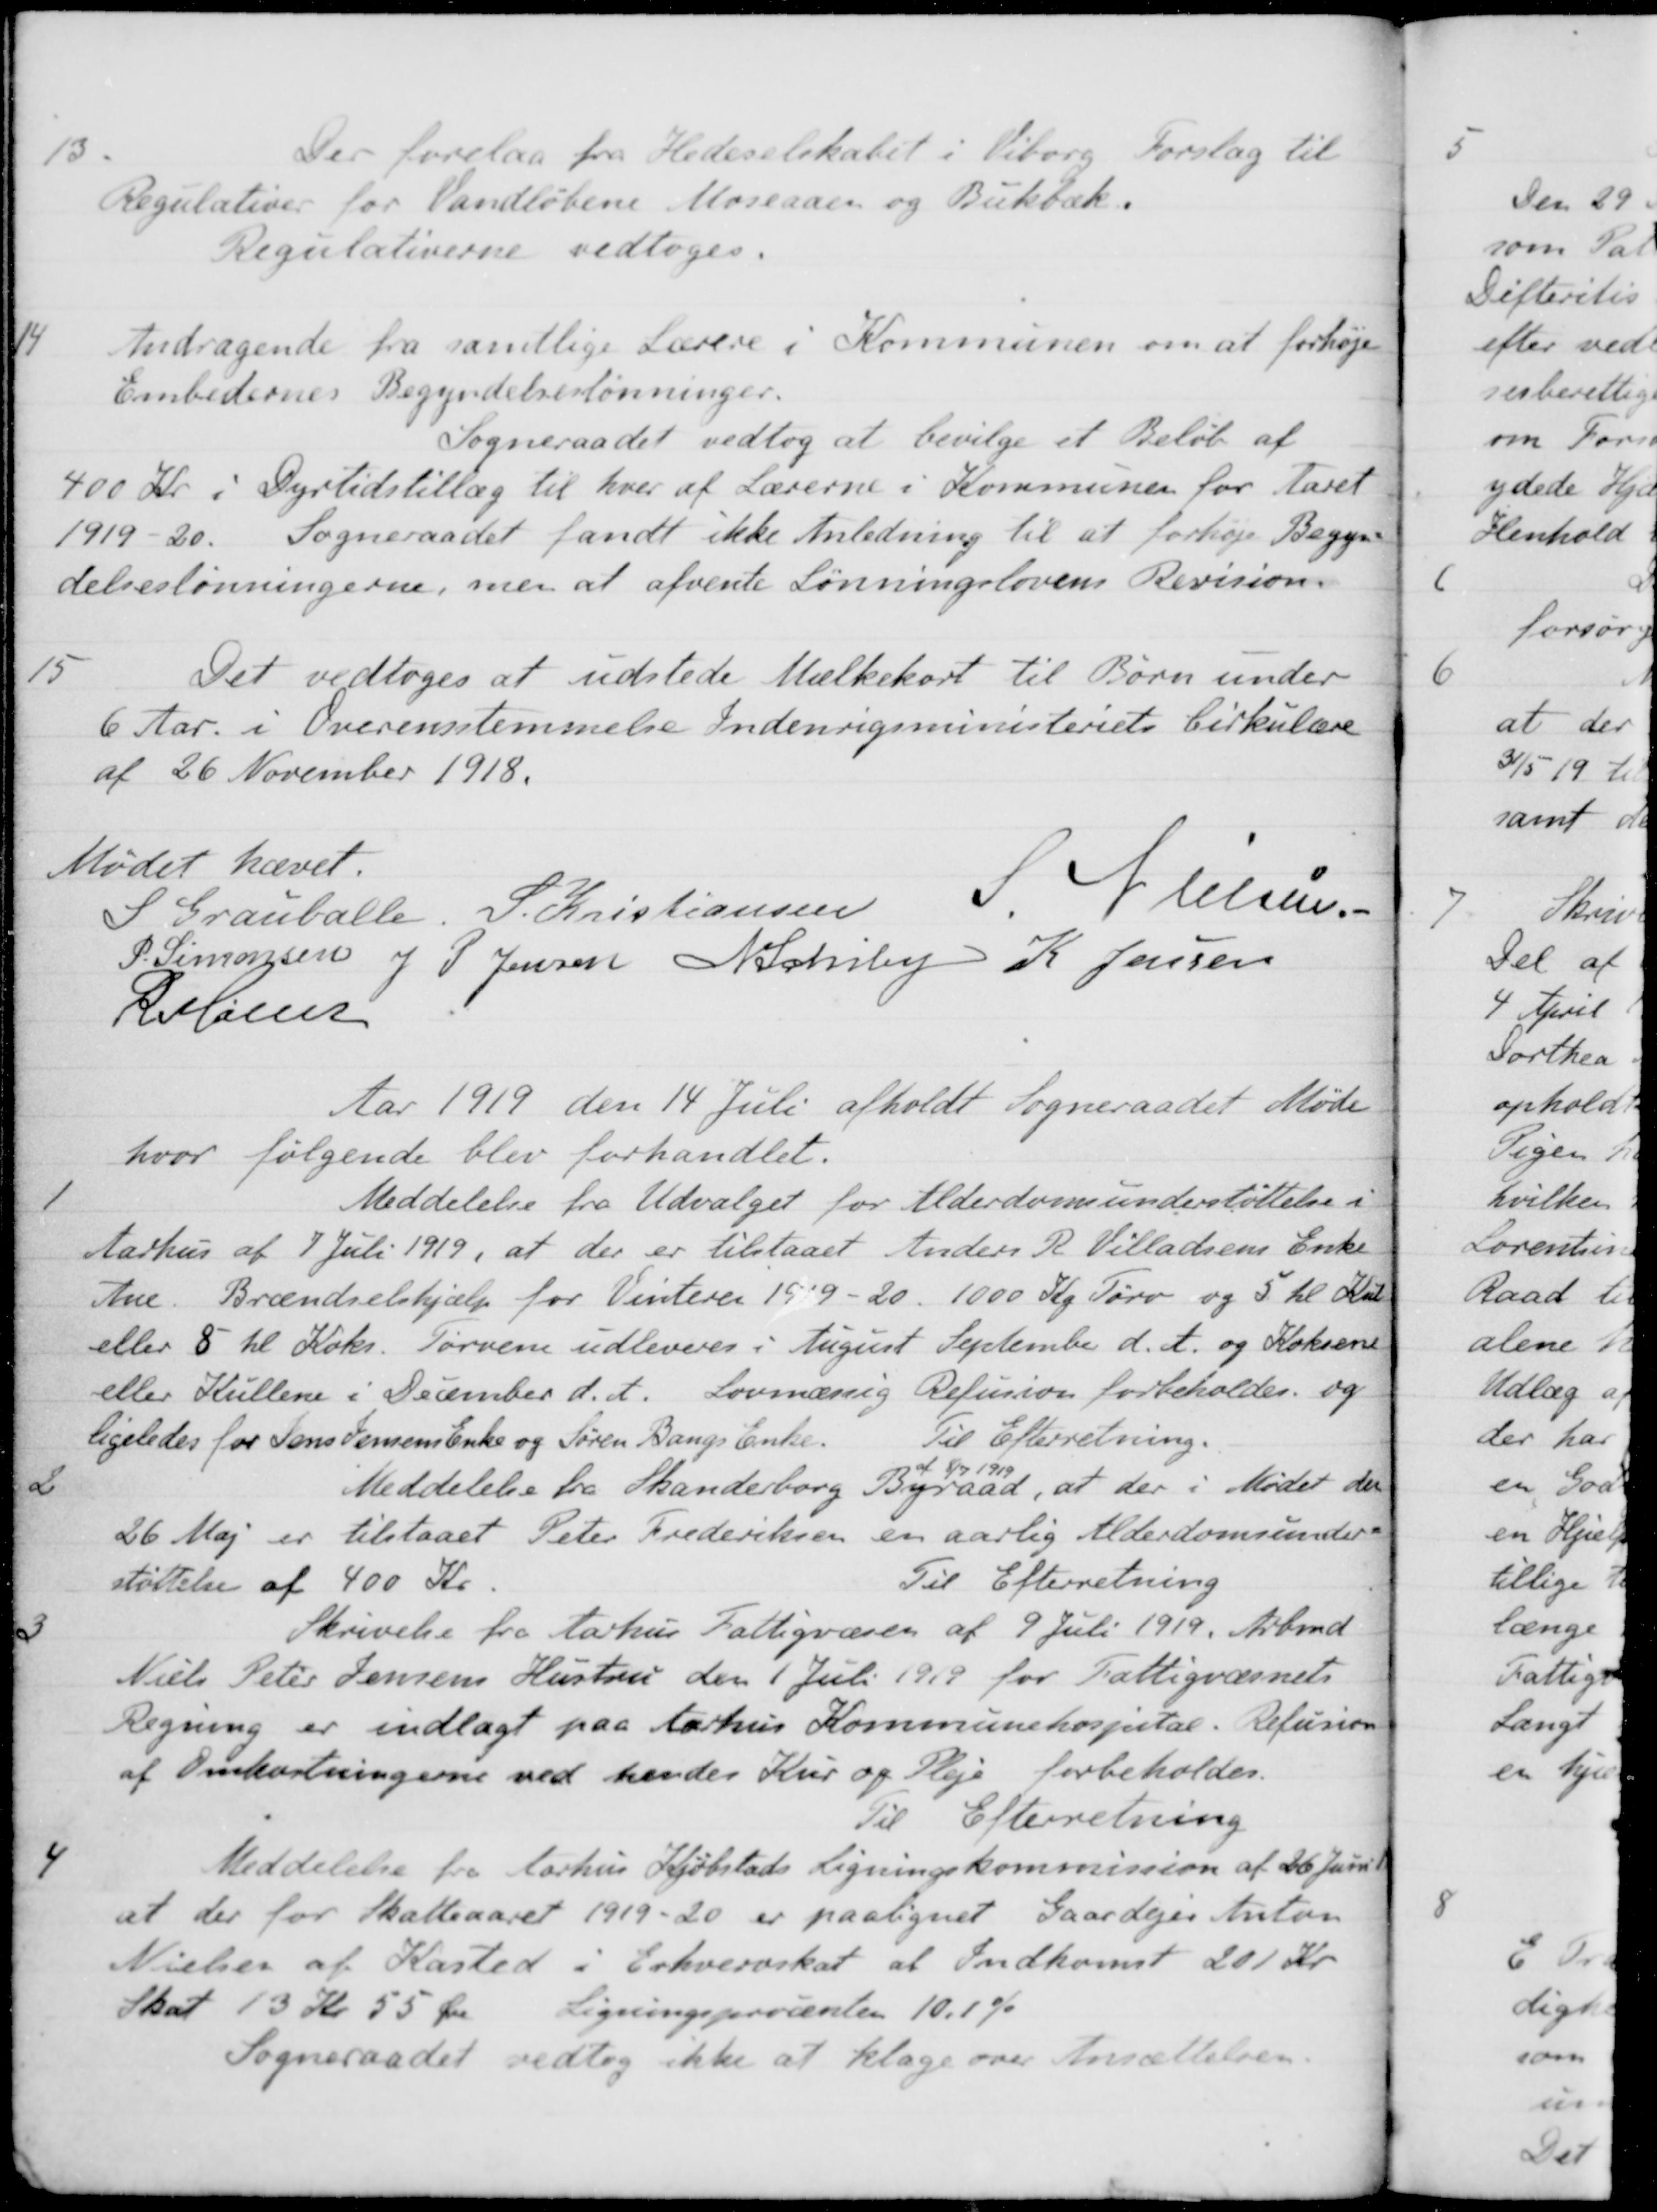
Transskription:
13
Der forelaa fra Hedeselskabet i Viborg Forslag til
Regulativer for Vandløbene Moseaaen og Bukbæk.
Regulativerne vedtoges.
14
Andragende fra samtlige Lærere i Kommunen om at forhøje
Embedernes Begyndelseslønninger.
Sogneraadet vedtog at bevilge et Beløb af
400 Kr i Dyrtidstillæg til hver af Lærerne i Kommunen for Aaret
1919-20. Sogneraadet fandt ikke Anledning til at forhøje Begyn-
delseslønningerne, men at afvente Lønningslovens Revision.
15
Det vedtoges at udstede Mælkekort til Børn under
6 Aar. i Overensstemmelse Indenrigsministeriets Cirkulære
af 26 November 1918.
Mødet hævet.
S Grauballe
S. Kristiansen
S. Nielsen
P. Simonsen
J P Jensen
A Schiby
K. Jensen
R Møller
Aar 1919 den 14 Juli afholdt Sogneraadet Møde
hvor følgende blev forhandlet.
1
Meddelelse fra Udvalget for Alderdomsunderstøttelse i
Aarhus af 7 Juli 1919, at der er tilstaaet Anders R. Villadsens Enke
Ane. Brændselshjælp for Vinteren 1919 - 20. 1000 Kg Tørv og 5 hl Kul
eller 8 hl Koks. Tørvene udleveres i August September d. A. og Koksens
eller Kullene i December d. A. Lovmæssig Refusion forbeholdes og
ligeledes for Jens Jensens Enke og Søren Bangs Enke.
Til Efterretning.
2
Meddelelse fra Skanderborg Byraad af
8/7 1919
at der i Mødet den
26 Maj er tilstaaet Peter Frederiksen en aarlig Alderdomsunder-
af 400 Kr.
Til Efterretning
3
Skrivelse fra Aarhus Fattigvæsen af 9 Juli 1919. Arbmd.
Niels Peter Jensens Hustru den 1 Juli 1919 for Fattigvæsnets
Regning er indlagt paa Aarhus Kommunehospital. Refusion
af Omkostningerne ved hendes Kur og Pleje forbeholdes.
Til Efterretning
4
Meddelelse fra Aarhus Kjøbstads Ligningskommission af 26 Juni 19
at der for Skatteaaret 1919-20 er paalignet Gaardejer Anton
Nielsen af Kasted i Erhvervskat at Indkomst 201 Kr.
Skat 13 Kr 55 Øre Ligningsprocenten 10.1 %
Sogneraadet vedtog ikke at klage over Ansættelsen.